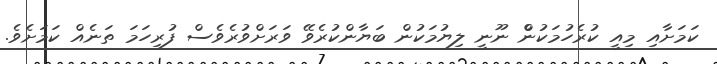
ކަމަށާއި މިއީ ކުރެހުމަކުންް ނޫނީ ލިޔުމަކުން ބަޔާންކުރެވޭ ވަރަށްވުރެވެސް ފުރިހަމަ ތަނެއް ކަމަށެވެ.